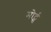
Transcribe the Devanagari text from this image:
मोर्ट्स